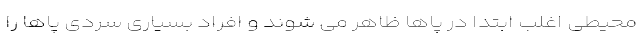
محیطی اغلب ابتدا در پاها ظاهر می شوند و افراد بسیاری سردی پاها را